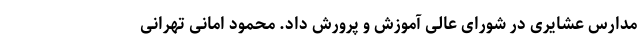
مدارس عشایری در شورای عالی آموزش و پرورش داد. محمود امانی تهرانی